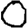
Digit: 0